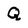
Character: Q